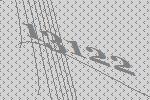
13122